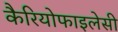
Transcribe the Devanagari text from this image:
कैरियोफाइलेसी